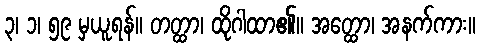
၃၊ ၁၊ ၅၉ မှယူရန်။ တတ္ထာ၊ ထိုဂါထာ၏။ အတ္ထော၊ အနက်ကား။